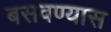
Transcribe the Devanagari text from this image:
बसवण्‍यास